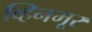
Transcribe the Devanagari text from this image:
व्हिनमूर